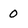
Character: 0